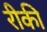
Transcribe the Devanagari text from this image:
रीकी